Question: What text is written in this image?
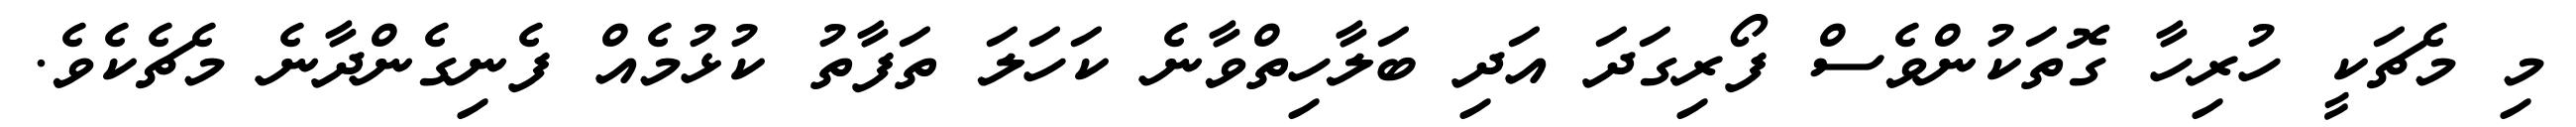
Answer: މި މެޗަކީ ހުރިހާ ގޮތަކުންވެސް ފޯރިގަދަ އަދި ބަލާހިތްވާނެ ކަހަލަ ތަފާތު ކުޅުމެއް ފެނިގެންދާނެ މެޗެކެވެ.